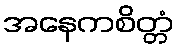
အနေကစိတ္တံ